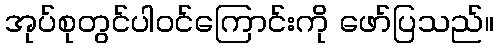
အုပ်စုတွင်ပါဝင်ကြောင်းကို ဖော်ပြသည်။